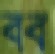
বব